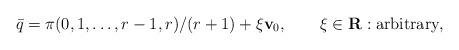
LaTeX: \begin{align*}\bar{q}=\pi(0,1,\ldots,r-1,r)/(r+1)+\xi {\bf v}_0,\qquad \xi\in{\bf R}:\mbox{arbitrary},\end{align*}